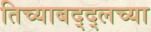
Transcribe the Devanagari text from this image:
तिच्याबद्द्लच्या